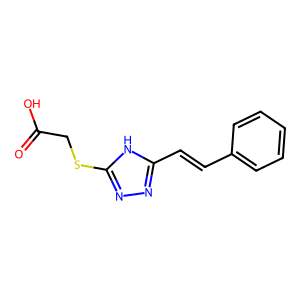
SMILES: O=C(O)CSc1nnc(C=Cc2ccccc2)[nH]1
Inhibits HIV replication: No